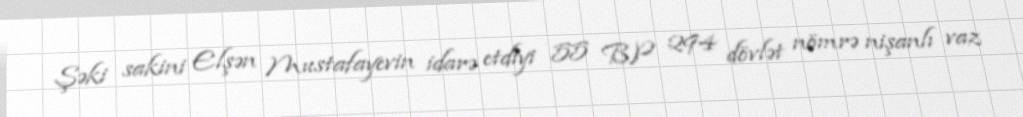
Şəki sakini Elşən Mustafayevin idarə etdiyi 55 BP 294 dövlət nömrə nişanlı vaz